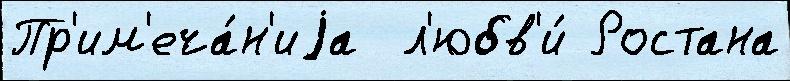
Пр'им'еча́н'иjа  л'юбв'и́ Ростана